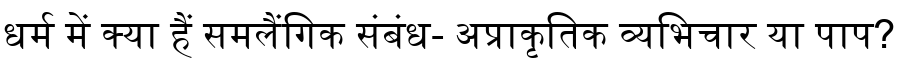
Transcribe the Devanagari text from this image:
धर्म में क्या हैं समलैंगिक संबंध- अप्राकृतिक व्यभिचार या पाप?